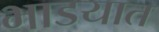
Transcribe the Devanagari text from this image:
भाडयात